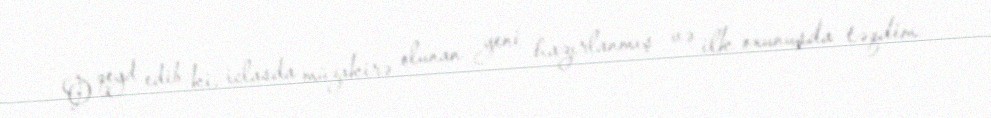
O qeyd edib ki, iclasda müzakirə olunan yeni hazırlanmış və ilk oxunuşda təqdim